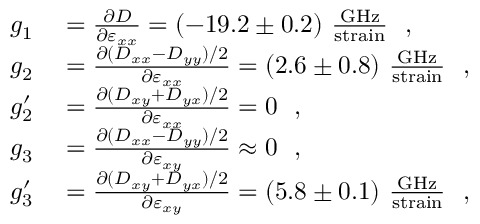
\begin{array} { r l } { g _ { 1 } } & { { } = \frac { \partial D } { \partial \varepsilon _ { x x } } = ( - 1 9 . 2 \pm 0 . 2 ) ~ \frac { \mathrm { G H z } } { \mathrm { s t r a i n } } \ \mathrm { ~ , ~ } } \\ { g _ { 2 } } & { { } = \frac { \partial ( D _ { x x } - D _ { y y } ) / 2 } { \partial \varepsilon _ { x x } } = ( 2 . 6 \pm 0 . 8 ) ~ \frac { \mathrm { G H z } } { \mathrm { s t r a i n } } \ \mathrm { ~ , ~ } } \\ { g _ { 2 } ^ { \prime } } & { { } = \frac { \partial ( D _ { x y } + D _ { y x } ) / 2 } { \partial \varepsilon _ { x x } } = 0 \ \mathrm { ~ , ~ } } \\ { g _ { 3 } } & { { } = \frac { \partial ( D _ { x x } - D _ { y y } ) / 2 } { \partial \varepsilon _ { x y } } \approx 0 \ \mathrm { ~ , ~ } } \\ { g _ { 3 } ^ { \prime } } & { { } = \frac { \partial ( D _ { x y } + D _ { y x } ) / 2 } { \partial \varepsilon _ { x y } } = ( 5 . 8 \pm 0 . 1 ) ~ \frac { \mathrm { G H z } } { \mathrm { s t r a i n } } \ \mathrm { ~ , ~ } } \end{array}